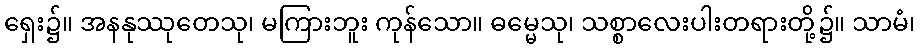
ရှေး၌။ အနနုဿုတေသု၊ မကြားဘူး ကုန်သော။ ဓမ္မေသု၊ သစ္စာလေးပါးတရားတို့၌။ သာမံ၊